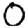
Digit: 0